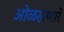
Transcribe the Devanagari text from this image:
ओळखणारे